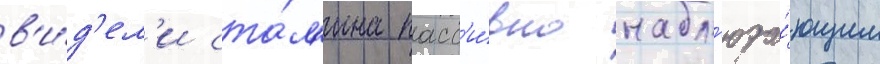
в'и́д'ел'и ста́л'ина пасс'и́вно набл'юда́ющим